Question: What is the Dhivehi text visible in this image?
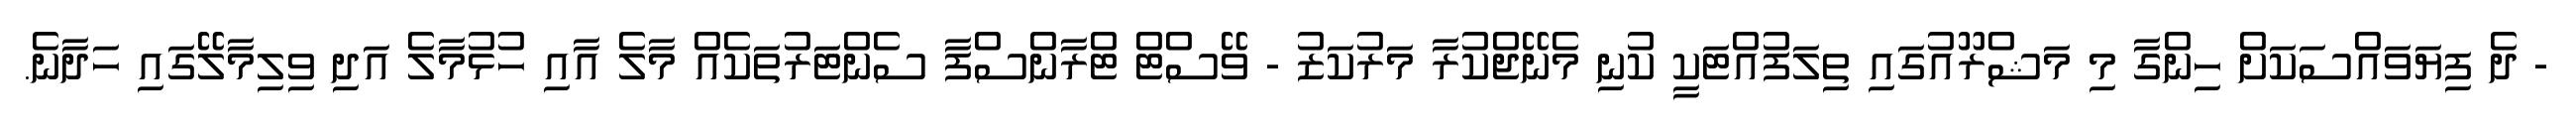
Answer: - ދެ ފިޔަވައްސަކަށް ހިންގާ މި މަޝްރޫއުގައި ތިލަފުއްޓަކީ ކުނި މެނޭޖްކުރާ މަރުކަޒު - ވޭސްޓް ޓްރާންސްފާ ސެންޓަރުތަކެއް މާލެ އާއި ހުޅުމާލެ އަދި ވިލިމާލޭގައި ހަދާނެ.